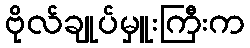
ဗိုလ်ချုပ်မှူးကြီးက